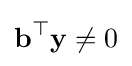
\mathbf {b} ^{\top }\mathbf {y} \neq 0